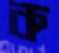
ক